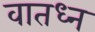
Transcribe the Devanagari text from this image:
वातध्न